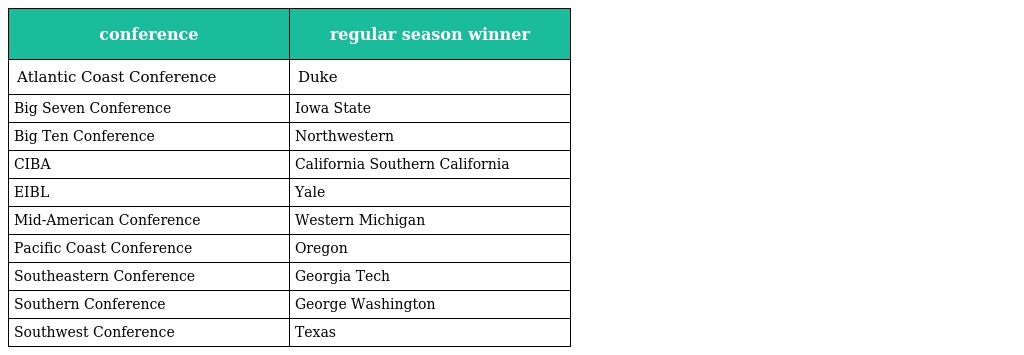
| conference | regular season winner |
 | --- | --- |
 | Atlantic Coast Conference | Duke |
 | Big Seven Conference | Iowa State |
 | Big Ten Conference | Northwestern |
 | CIBA | California Southern California |
 | EIBL | Yale |
 | Mid-American Conference | Western Michigan |
 | Pacific Coast Conference | Oregon |
 | Southeastern Conference | Georgia Tech |
 | Southern Conference | George Washington |
 | Southwest Conference | Texas |